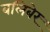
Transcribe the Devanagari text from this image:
बलिबेर